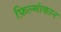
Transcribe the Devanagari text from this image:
फ़िल्मांकान